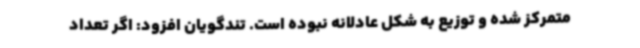
متمرکز شده و توزیع به شکل عادلانه نبوده است. تندگویان افزود: اگر تعداد